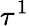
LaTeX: \tau^{1}